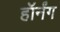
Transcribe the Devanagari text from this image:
हॉर्नंग